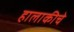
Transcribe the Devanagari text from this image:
हालाकीचे